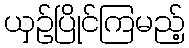
ယှဉ်ပြိုင်ကြမည့်